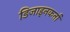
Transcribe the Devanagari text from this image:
डिजाइनकर्ता